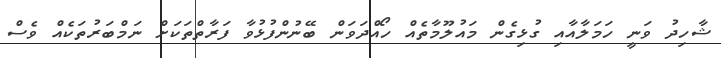
ޝާހިދު ވަނީ ހަމަލާއާއި ގުޅިގެން މައުލޫމާތެއް ހޯއްދަވަން ބޭނުންފުޅުވާ ފަރާތްތަކަށް ނަމްބަރުތަކެއް ވެސް